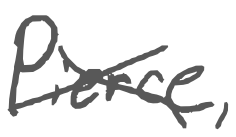
Text: Pierce,
Cross-out: cross
Writing tool: digital_gray